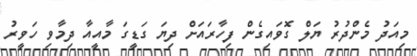
މިއަދު މެންދުރު ޔަލް ގޮވައިގެން ފިހާރައަށް ދިޔަ ގަޑީގަ މާއީއާ ދިމާވި ހަވީރު